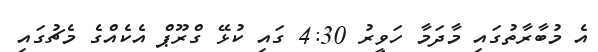
އެ މުބާރާތުގައި މާދަމާ ހަވީރު 4:30 ގައި ކުޅޭ ގްރޫޕް އެކެއްގެ މެޗުގައި